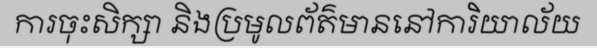
ការចុះសិក្សា និងប្រមូលព័ត៌មាននៅការិយាល័យ